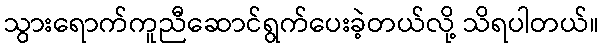
သွားရောက်ကူညီဆောင်ရွက်ပေးခဲ့တယ်လို့ သိရပါတယ်။